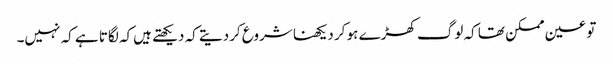
تو عین ممکن تھا کہ لوگ کھڑے ہو کر دیکھنا شروع کردیتے کہ دیکھتے ہیں‌کہ لگاتا ہے کہ نہیں۔